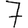
Digit: 7